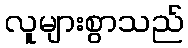
လူများစွာသည်